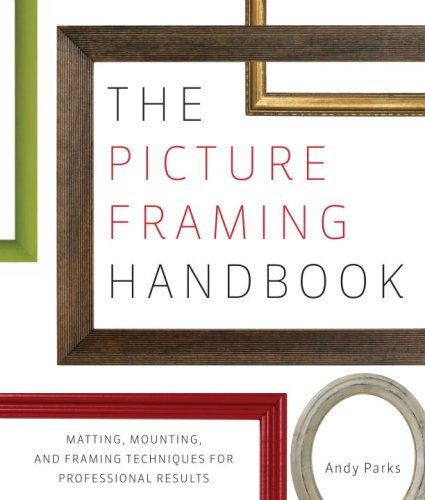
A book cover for The Picture Framing Handbook: Matting, Mounting, and Framing Techniques for Professional Results; Andy Parks; Crafts, Hobbies & Home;